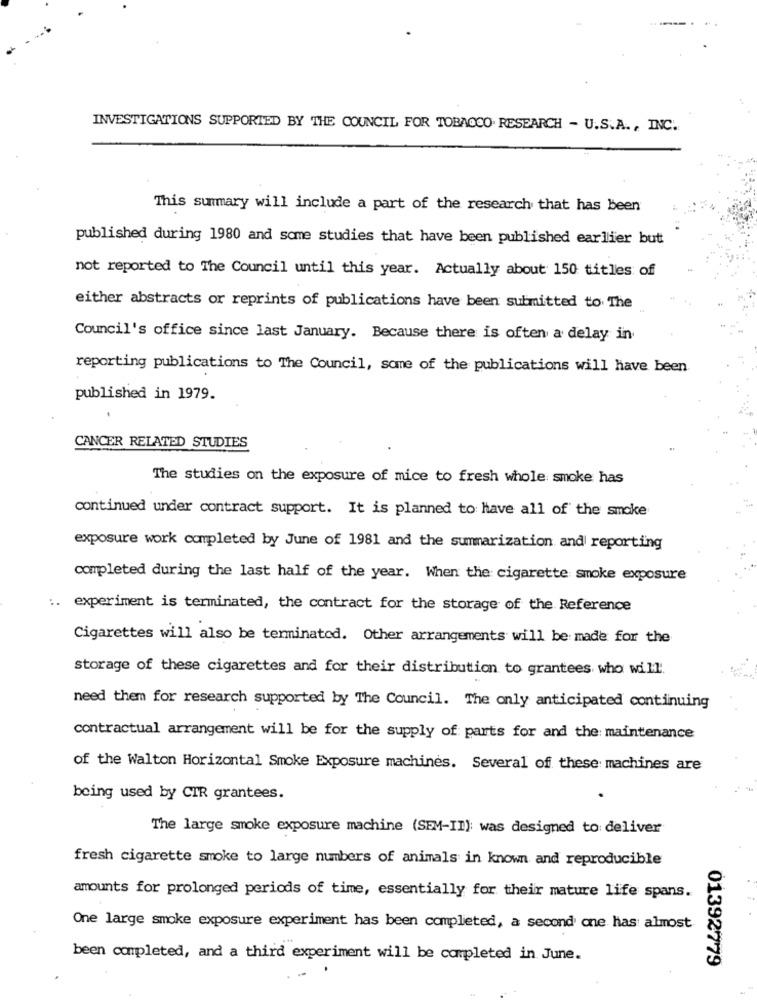
INVESTIGATIONS SUPPORTED BY THE COUNCIL FOR TOBACCO. RESEARCH - U.S.A ., INC.
This summary will include a part of the research that has been
published during 1980 and some studies that have been published earlier but
not reported to The Council until this year. Actually about 150 titles of
either abstracts or reprints of publications have been submitted to The
Council's office since last January. Because there is often a delay in
reporting publications to The Council, some of the publications will have been
published in 1979.
CANCER RELATED STUDIES
The studies on the exposure of mice to fresh whole smoke has
continued under contract support. It is planned to have all of the smoke
exposure work completed by June of 1981 and the summarization and reporting
completed during the last half of the year. When the cigarette smoke exposure
experiment is terminated, the contract for the storage of the Reference
Cigarettes will also be terminated. Other arrangements will be made for the
storage of these cigarettes and for their distribution to grantees who will.
need them for research supported by The Council. The only anticipated continuing
contractual arrangement will be for the supply of parts for and the maintenance
of the Walton Horizontal Smoke Exposure machines. Several of these machines are
being used by CIR grantees.
The large smoke exposure machine (SEM-II): was designed to: deliver
fresh cigarette smoke to large numbers of animals in known and reproducible
amounts for prolonged periods of time, essentially for their mature life spans.
One large smoke exposure experiment has been completed, a second one has almost
been completed, and a third experiment will be completed in June.
01392779